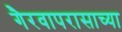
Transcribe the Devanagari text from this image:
गैरवापरासाच्या